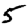
Digit: 5